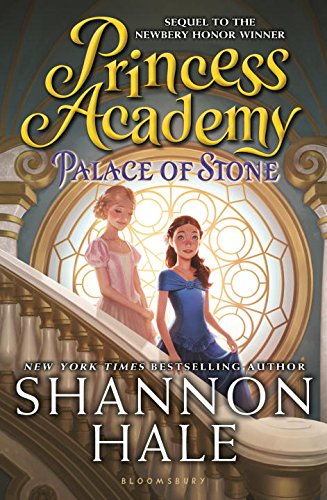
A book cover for Princess Academy: Palace of Stone; Shannon Hale; Children's Books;